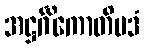
အဋ္ဌင်္ဂိကောတိပဒံ